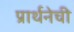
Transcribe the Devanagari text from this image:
प्रार्थनेची